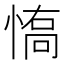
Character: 𱞽